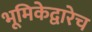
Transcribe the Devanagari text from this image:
भूमिकेद्वारेच